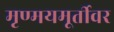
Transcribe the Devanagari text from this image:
मृण्मयमूर्तीवर